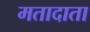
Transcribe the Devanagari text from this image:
मतादाता